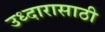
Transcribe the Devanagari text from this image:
उध्दारासाठी